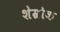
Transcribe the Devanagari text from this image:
शेम्रोक